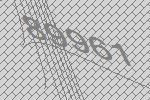
89961